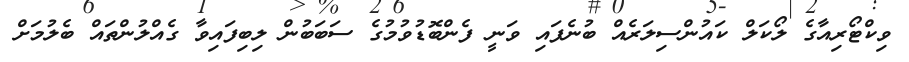
ވިކްޓޯރިއާގެ ލޯކަލް ކައުންސިލަރެއް ބުނެފައި ވަނީ ފެންބޮޑުވުމުގެ ސަބަބުން ލިބިފައިވާ ގެއްލުންތައް ބެލުމަށް